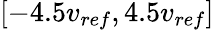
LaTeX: \left[-4.5v_{ref},4.5v_{ref}\right]